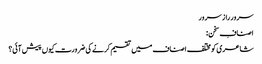
سرور راز سرور
اصنافِ سخن :
شاعری کو مختلف اصناف میں تقسیم کرنے کی ضرورت کیوں پیش آئی؟